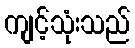
ကျင့်သုံးသည်